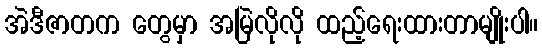
အဲဒီဇာတက တွေမှာ အမြဲလိုလို ထည့်ရေးထားတာမျိုးပါ။